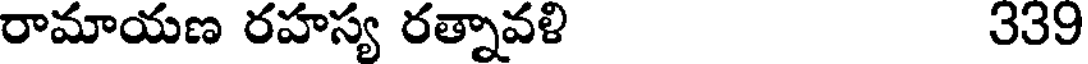
రామాయణ రహస్య రత్నావళి 339